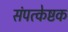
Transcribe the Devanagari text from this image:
संपत्केष्टक